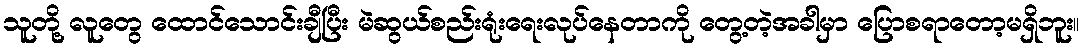
သူတို့ လူတွေ ထောင်သောင်းချီပြီး မဲဆွယ်စည်းရုံးရေးလုပ်နေတာကို တွေ့တဲ့အခါမှာ ပြောစရာတော့မရှိဘူး။